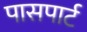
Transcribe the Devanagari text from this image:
पासपार्ट